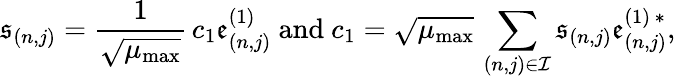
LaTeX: \mathfrak{s}_{(n,j)}=\frac{1}{\sqrt{\mu_{\mathrm{max}}}}\, c_{1}\mathfrak{e}_{(n,j)}^{(1)}\ \mathrm{and}\ c_{1}=\sqrt{\mu_{\mathrm{max}}}\, \sum_{(n,j)\in\mathcal{I}}\mathfrak{s}_{(n,j)}\mathfrak{e}_{(n,j)}^{(1)\, \ast},